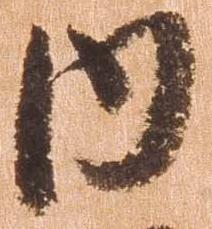
内